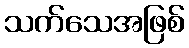
သက်သေအဖြစ်